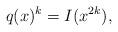
LaTeX: \begin{align*} q(x)^k = I(x^{2k}),\end{align*}